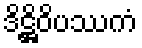
ဒိဋ္ဌိဝိပဿကံ